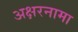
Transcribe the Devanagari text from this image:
अक्षरनामा